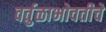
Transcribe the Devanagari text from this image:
वर्तुळाभोवतीचे